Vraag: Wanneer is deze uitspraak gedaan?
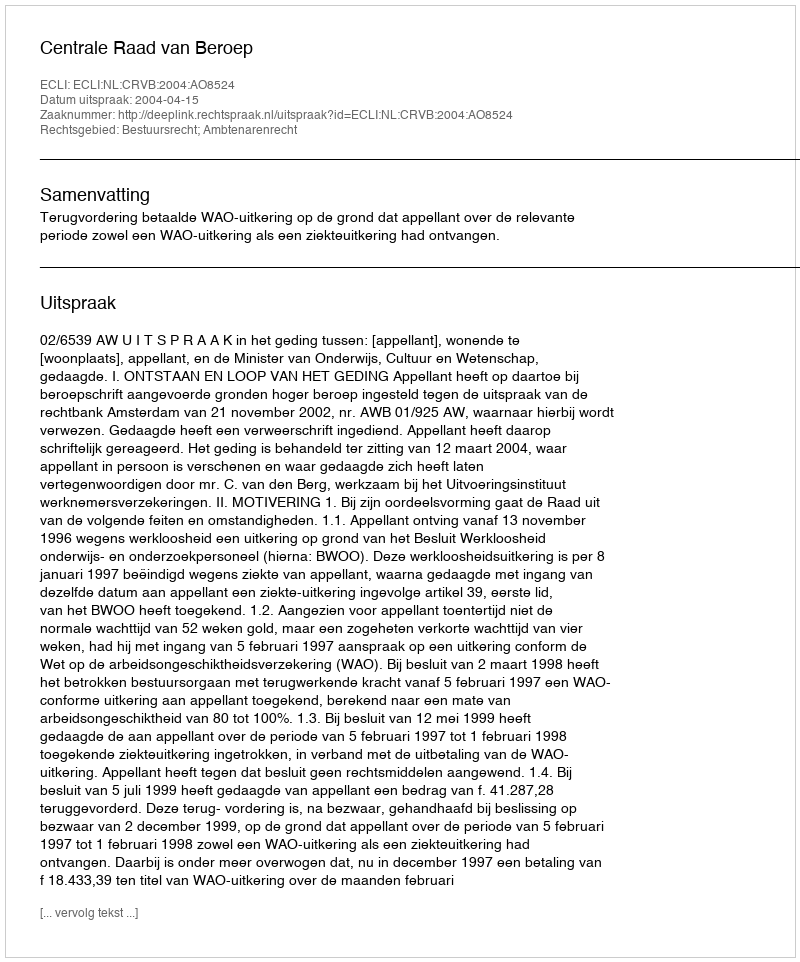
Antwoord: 2004-04-15